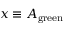
x \equiv A _ { \mathrm { g r e e n } }